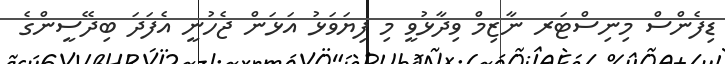
ޑިފެންސް މިނިސްޓަރ ނާޒިމް ވިދާޅުވީ މި ފިޔަވަޅު އަޅަން ޖެހުނީ އެފަދަ ބިދޭސީންގެ